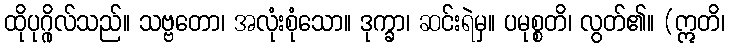
ထိုပုဂ္ဂိုလ်သည်။ သဗ္ဗတော၊ အလုံးစုံသော။ ဒုက္ခာ၊ ဆင်းရဲမှ။ ပမုစ္စတိ၊ လွတ်၏။ (ဣတိ၊